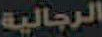
الرجالية